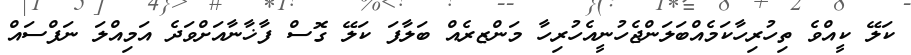
ކަލޭ ކީއްވެ ތިހުރިހާކަމެއްބަލަންޖެހުނީއެހުރިހާ މަންޒރެއް ބަލާފަ ކަލޭ ގޮސް ފާޚާނާއަށްވަދެ އަމިއްލަ ނަފްސައް